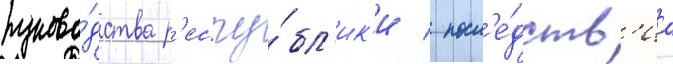
руково́дства р'еспу́бл'ик'и / посл'е́дств'иа